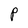
Character: P